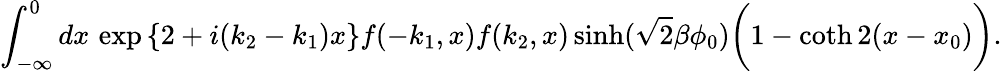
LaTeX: \int_{-\infty}^{0}dx\, \exp{\left\{ 2+i(k_{2}-k_{1})x\right\} }f(-k_{1},x)f(k_{2},x)\sinh(\sqrt{2}\beta\phi_{0})\biggl(1-\coth 2(x-x_{0})\biggr).